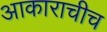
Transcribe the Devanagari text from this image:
आकाराचीच